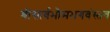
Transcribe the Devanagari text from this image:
श्रीसार्वभौमभगवंस्तव